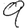
Digit: 9